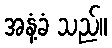
အနံ့ခံ သည်။